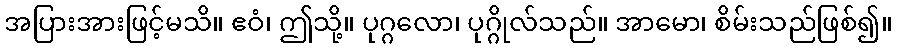
အပြားအားဖြင့်မသိ။ ဧဝံ၊ ဤသို့။ ပုဂ္ဂလော၊ ပုဂ္ဂိုလ်သည်။ အာမော၊ စိမ်းသည်ဖြစ်၍။